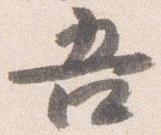
吾